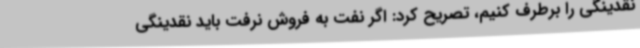
نقدینگی را برطرف کنیم، تصریح کرد: اگر نفت به فروش نرفت باید نقدینگی